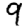
Digit: 9